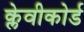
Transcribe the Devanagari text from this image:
क्लेवीकोर्ड